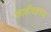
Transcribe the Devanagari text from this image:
काशीरहस्य